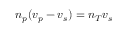
n _ { p } ( v _ { p } - v _ { s } ) = n _ { T } v _ { s }